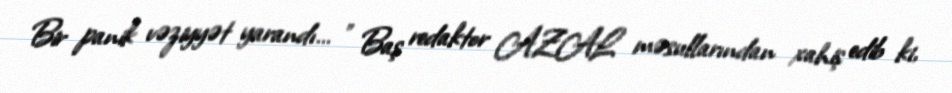
Bir panik vəziyyət yarandı… ” Baş redaktor AZAL məsullarından xahiş edib ki,